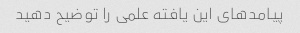
پیامدهای این یافته علمی را توضیح دهید